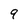
Character: 9